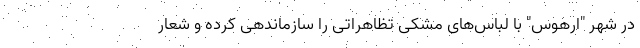
در شهر "ارهوس" با لباس‌های مشکی تظاهراتی را سازماندهی کرده و شعار